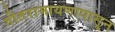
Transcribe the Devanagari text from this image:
गीतरामायणापासून